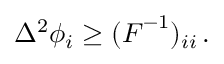
\Delta ^ { 2 } \phi _ { i } \geq ( \boldsymbol { F } ^ { - 1 } ) _ { i i } \, .